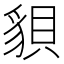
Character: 𧳒